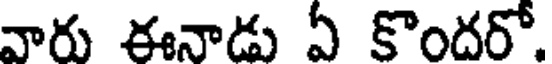
వారు ఈనాడు ఏ కొందరో.